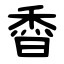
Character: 稥